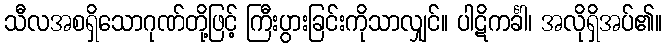
သီလအစရှိသောဂုဏ်တို့ဖြင့် ကြီးပွားခြင်းကိုသာလျှင်။ ပါဋိကင်္ခါ၊ အလိုရှိအပ်၏။